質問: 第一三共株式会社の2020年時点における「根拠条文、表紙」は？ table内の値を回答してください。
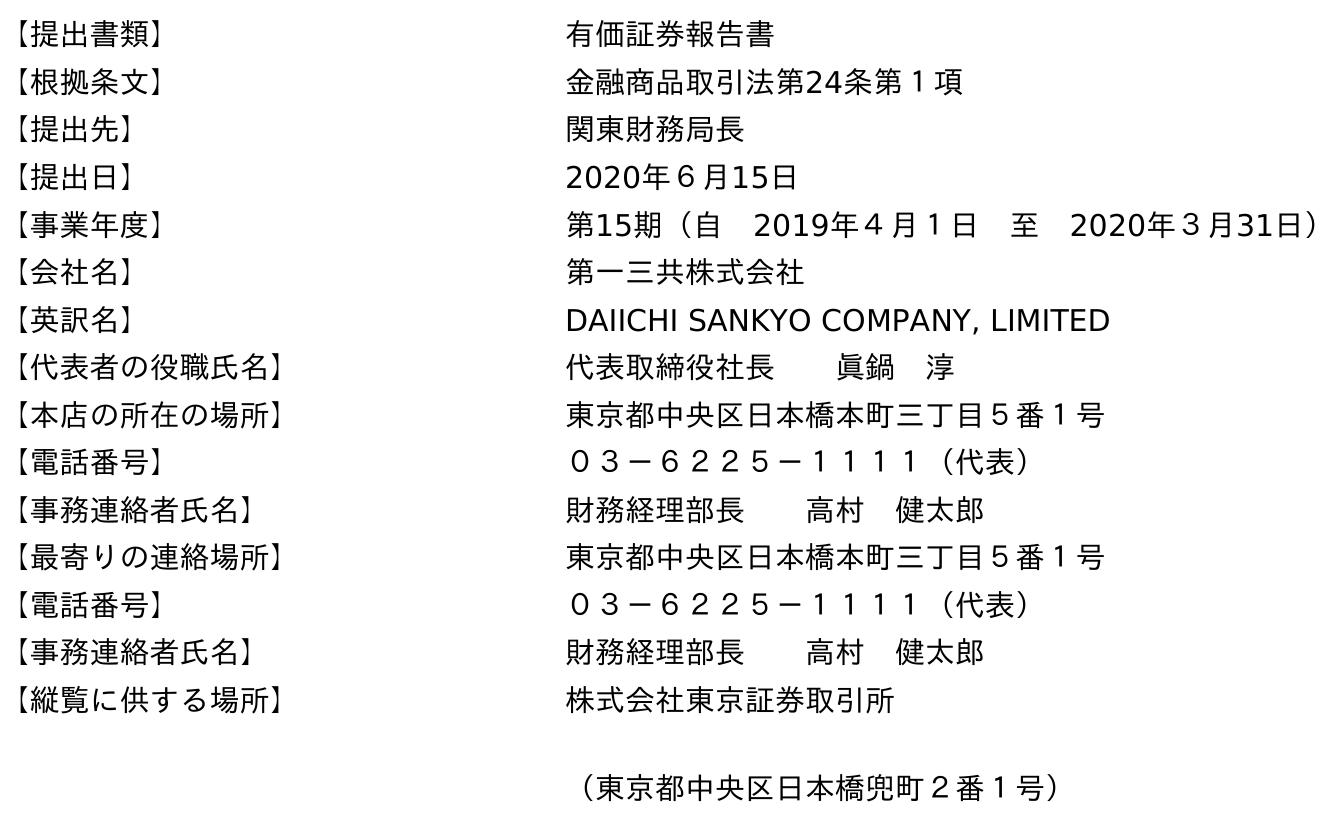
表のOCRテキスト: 【提出書類】 有価証券報告書 【根拠条文】 金融商品取引法第24条第１項 【提出先】 関東財務局長 【提出日】 2020年６月15日 【事業年度】 第15期（自 2019年４月１日 至 2020年３月31日） 【会社名】 第一三共株式会社 【英訳名】 DAIICHI SANKYO COMPANY, LIMITED 【代表者の役職氏名】 代表取締役社長  眞鍋 淳 【本店の所在の場所】 東京都中央区日本橋本町三丁目５番１号 【電話番号】 ０３－６２２５－１１１１（代表） 【事務連絡者氏名】 財務経理部長  高村 健太郎 【最寄りの連絡場所】 東京都中央区日本橋本町三丁目５番１号 【電話番号】 ０３－６２２５－１１１１（代表） 【事務連絡者氏名】 財務経理部長  高村 健太郎 【縦覧に供する場所】 株式会社東京証券取引所 （東京都中央区日本橋兜町２番１号）
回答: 金融商品取引法第24条第１項